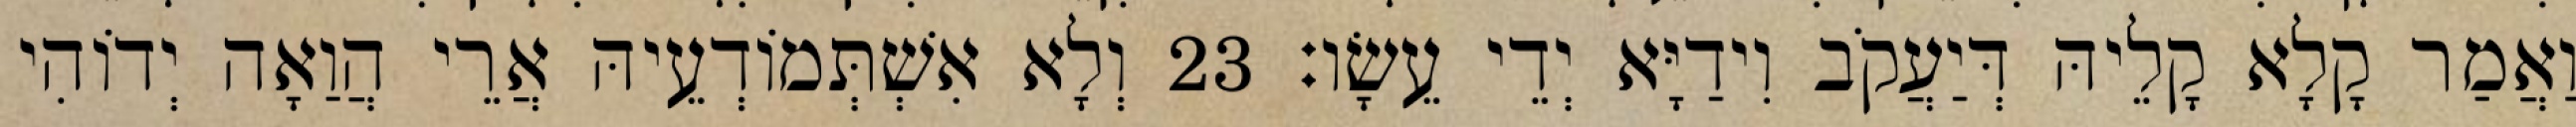
וַאֲמַר קָלָא קָלֵיהּ דְּיַעֲקֹב וִידַיָּא יְדֵי עֵשָׂו׃ 23 וְלָא אִשְׁתְּמוֹדְעֵיהּ אֲרֵי הֲוַאָה יְדוֹהִי